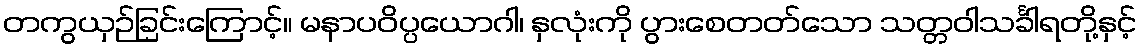
တကွယှဉ်ခြင်းကြောင့်။ မနာပဝိပ္ပယောဂါ၊ နှလုံးကို ပွားစေတတ်သော သတ္တဝါသင်္ခါရတို့နှင့်